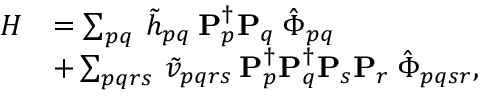
\begin{array} { r l } { H } & { = \sum _ { p q } \: \tilde { h } _ { p q } \: \mathbf { P } _ { p } ^ { \dagger } \mathbf { P } _ { q } \: \hat { \Phi } _ { p q } } \\ & { + \sum _ { p q r s } \: \tilde { v } _ { p q r s } \: \mathbf { P } _ { p } ^ { \dagger } \mathbf { P } _ { q } ^ { \dagger } \mathbf { P } _ { s } \mathbf { P } _ { r } \: \hat { \Phi } _ { p q s r } , } \end{array}